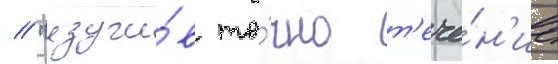
/ "изучи́в то́чно т'ече́н'ие